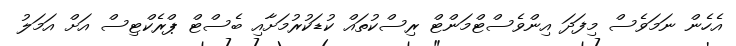
އެހެން ނަމަވެސް މިފަދަ އިންވެސްޓްމަންޓް ރިސްކުތައް ކުޑަކުރުމަށާއި ބެސްޓް ޕްރެކްޓިސް އަށް އަމަލު